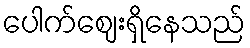
ပေါက်ဈေးရှိနေသည်